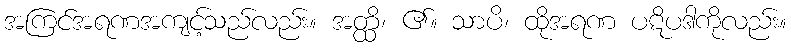
အကြင်အရဏအကျင့်သည်လည်း။ အတ္ထိ၊ ၏။ သာပိ၊ ထိုအရဏ ပဋိပဒါကိုလည်း။